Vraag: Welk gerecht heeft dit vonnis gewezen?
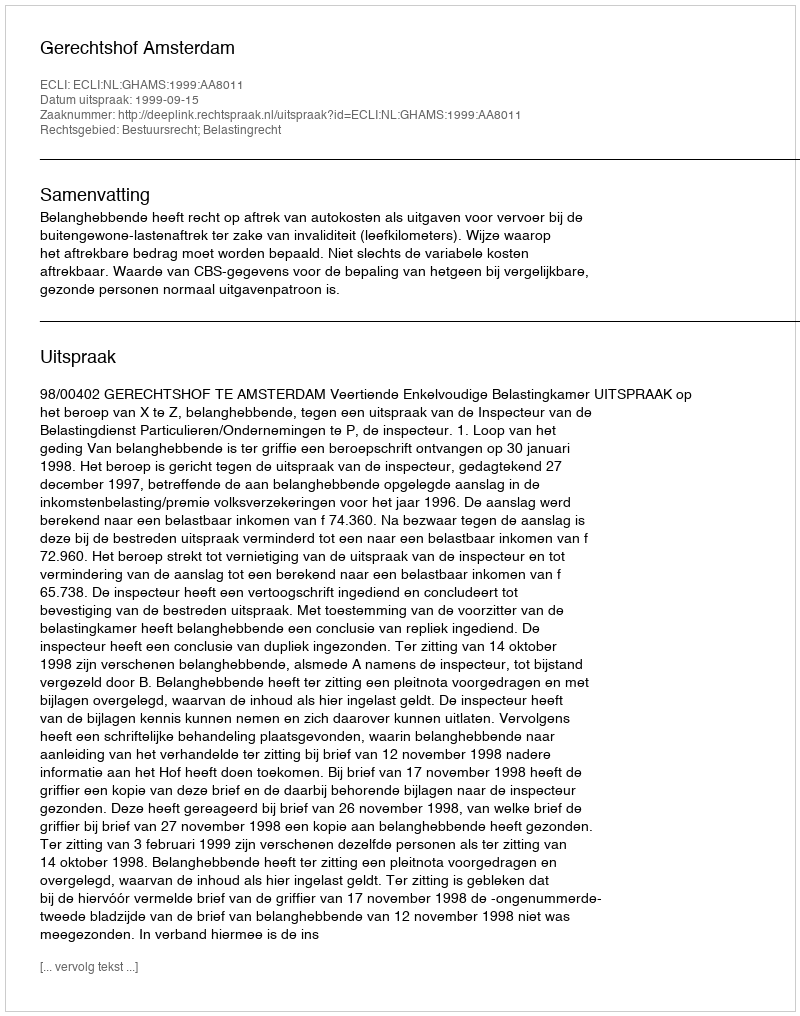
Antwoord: Gerechtshof Amsterdam